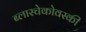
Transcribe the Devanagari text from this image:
ब्लास्चेकोवस्की